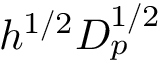
h ^ { 1 / 2 } D _ { p } ^ { 1 / 2 }